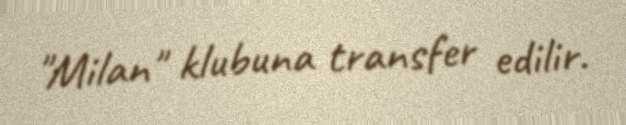
"Milan" klubuna transfer edilir.